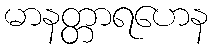
မာနတ္တာရဟေန